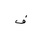
Letter: _fa